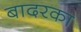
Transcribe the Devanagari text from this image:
बादरका